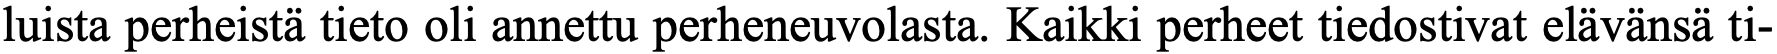
luista perheistä tieto oli annettu perheneuvolasta. Kaikki perheet tiedostivat elävänsä ti-